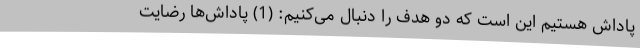
پاداش هستیم این است که دو هدف را دنبال می‌کنیم: (1) پاداش‌ها رضایت